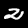
Label: 2